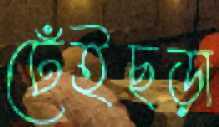
ঢেঁইছড়া